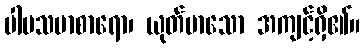
ပါပသမာစာရော၊ ယုတ်မာသော အကျင့်ရှိ၏။